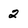
Character: 2